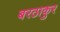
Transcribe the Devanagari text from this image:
बरठाकुर